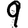
Digit: 9